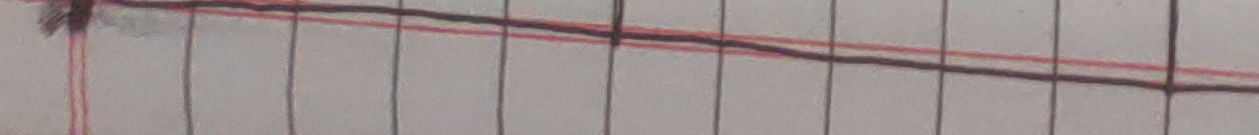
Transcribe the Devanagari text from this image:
कथा सुन्न आतुर